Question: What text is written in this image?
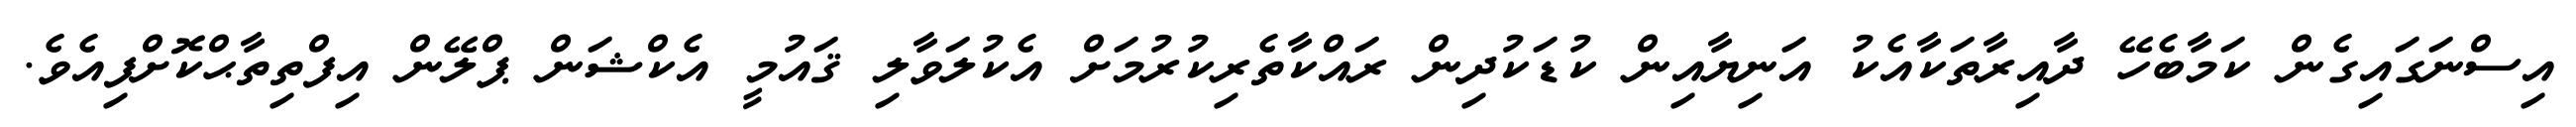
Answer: އިސްނަގައިގެން ކަމާބެހޭ ދާއިރާތަކާއެކު އަނިޔާއިން ކުޑަކުދިން ރައްކާތެރިކުރުމަށް އެކުލަވާލި ޤައުމީ އެކްޝަން ޕްލޭން އިފްތިތާޙްކޮށްފިއެވެ.